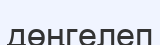
дөңгелеп